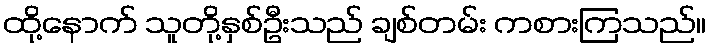
ထို့နောက် သူတို့နှစ်ဦးသည် ချစ်တမ်း ကစားကြသည်။